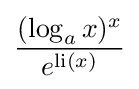
{\frac {(\log _{a}x)^{x}}{e^{\operatorname {li} (x)}}}